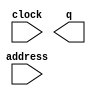
module Test_Line (
	address,
	clock,
	q);

	input	[0:0]  address;
	input	  clock;
	output	[7:0]  q;

endmodule